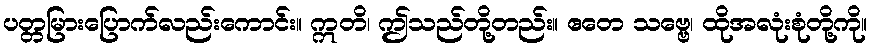
ပတ္တမြားပြောက်လည်းကောင်း။ ဣတိ၊ ဤသည်တို့တည်း။ ဧတေ သဗ္ဗေ၊ ထိုအလုံးစုံတို့ကို။